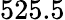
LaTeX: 525.5